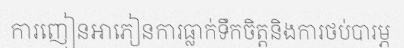
ការញៀនអាភៀនការធ្លាក់ទឹកចិត្តនិងការថប់បារម្ភ